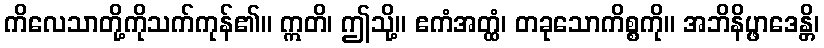
ကိလေသာတို့ကိုသက်ကုန်၏။ ဣတိ၊ ဤသို့။ ဧကံအတ္ထံ၊ တခုသောကိစ္စကို။ အဘိနိပ္ဖာဒေန္တိ၊